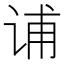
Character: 𰵩